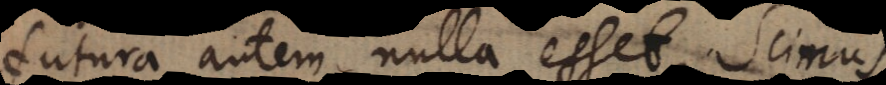
futura autem nulla esset. Scimus